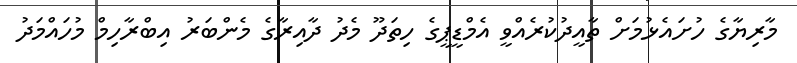
މާރިޔާގެ ހުށައެޅުމަށް ތާއީދުކުރެއްވީ އެމްޑީޕީގެ ހިތަދޫ މެދު ދާއިރާގެ މެންބަރު އިބްރާހިމް މުހައްމަދު